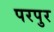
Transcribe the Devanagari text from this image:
परपुर